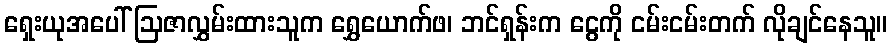
ရှေးယုအပေါ် ဩဇာလွှမ်းထားသူက ရွှေယောက်ဖ၊ ဘင်ရှန်းက ငွေကို ငမ်းငမ်းတက် လိုချင်နေသူ။